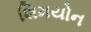
શિમયોન